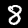
Label: 8